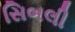
સિબલી